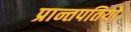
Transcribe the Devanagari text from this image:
प्रान्तपतियो